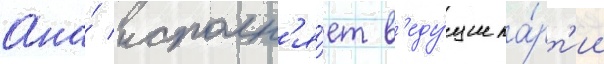
Она́ исполн'я́ет в'еду́щие па́рт'ии